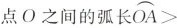
点O之间的弧长\stackrel\frown{OA}>